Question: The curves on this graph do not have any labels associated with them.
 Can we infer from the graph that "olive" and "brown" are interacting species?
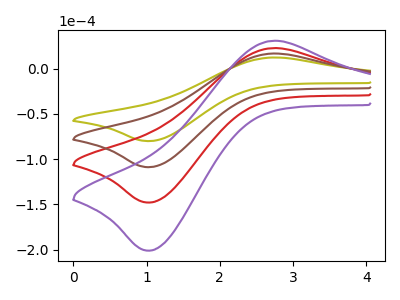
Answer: <think>The olive curve "olive" has an anodic peak at (2.70V, 12.15uA) and a cathodic peak at (1.05V, -80.10uA). The red curve "red" has an anodic peak at (2.70V, 33.00uA) and a cathodic peak at (1.05V, -217.75uA). The brown curve "brown" has an anodic peak at (2.70V, 16.50uA) and a cathodic peak at (1.05V, -108.85uA). The purple curve "purple" has an anodic peak at (2.70V, 49.50uA) and a cathodic peak at (1.05V, -326.60uA).
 All the peaks in "olive" have a peak in "brown" at the same potential. Every peak in "olive" is lower than every peak in "brown".</think>
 <answer>No, "olive" and "brown" don't appear to be significantly different in shape</answer>
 <eval>no_change</eval>